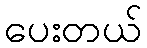
ပေးတယ်